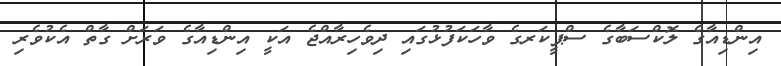
އިންޑިއާގެ ލޮކްސަބާގެ ސްޕީކަރގެ ވާހަކަފުޅުގައި ދިވެހިރާއްޖެ އަކީ އިންޑިއާގެ ވަރަށް ގާތް އެކުވެރި